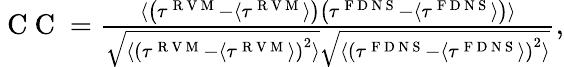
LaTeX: \begin{array}{r}{\mathrm{~C~C~}=\frac{\langle\left(\tau^{\mathrm{~R~V~M~}}-\langle\tau^{\mathrm{~R~V~M~}}\rangle\right)\left(\tau^{\mathrm{~F~D~N~S~}}-\langle\tau^{\mathrm{~F~D~N~S~}}\rangle\right)\rangle}{\sqrt{\langle\left(\tau^{\mathrm{~R~V~M~}}-\langle\tau^{\mathrm{~R~V~M~}}\rangle\right)^{2}\rangle}\sqrt{\langle\left(\tau^{\mathrm{~F~D~N~S~}}-\langle\tau^{\mathrm{~F~D~N~S~}}\rangle\right)^{2}\rangle}},}\end{array}